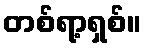
တစ်ရာ့ရှစ်။